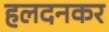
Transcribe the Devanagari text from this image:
हलदनकर